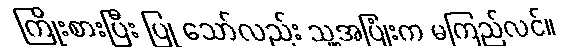
ကြိုးစားပြီး ပြု သော်လည်း သူ့အပြုံးက မကြည်လင်။